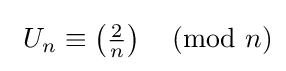
{\text{  }}U_{n}\equiv \left({\tfrac {2}{n}}\right){\pmod {n}}